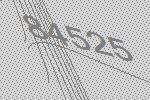
84525